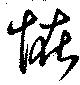
恠